Civil Veterinary Dept. Assam report 1927-50 - 1927-1950
Year: 1927
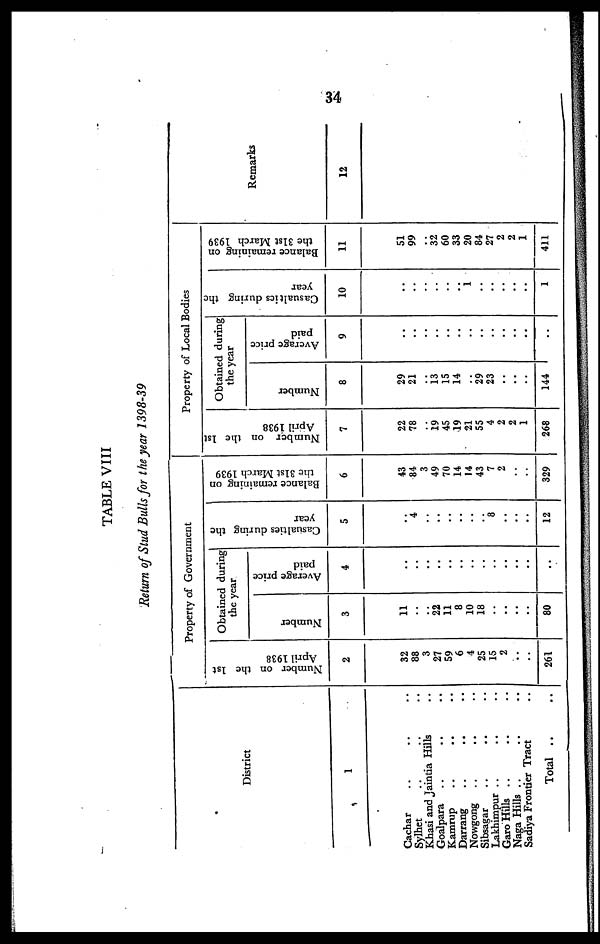
34
TABLE VIII
Return of Stud Bulls for the year 1398-39
District
1
Cachar .. .. ..
Sylhet .. .. ..
Khasi and Jaintia Hills ..
Goalpara .. .. ..
Kamrup .. .. ..
Darrang .. .. ..
Nowgong .. .. ..
Sibsagar .. .. ..
Lakhimpur .. .. ..
Garo Hills .. .. ..
Naga Hills .. .. ..
Sadiya Frontier Tract ..
Total
Property of Government
Number on the 1st
April 1938
2
32
88
3
27
59
6
4
25
15
2
..
..
261
Obtained during
the year
Number
3
11
..
..
22
11
8
10
18
..
..
..
80
Average price
paid
4
..
..
..
..
..
..
..
..
..
..
..
..
..
Casualties during the
year
5
..
4
..
..
..
..
..
..
8
..
..
..
12
Balance remaining on
the 31st March 1939
6
43
84
3
49
70
14
14
43
7
2
..
..
329
Property of Local Bodies
Number on the 1st
April 1938
7
22
78
..
19
45
19
21
55
4
2
2
1
268
Obtained during
the year
Number
8
29
21
..
13 15
14
..
29
23
..
..
..
144
Average price
paid
9
..
..
..
..
..
..
..
..
..
..
..
..
..
Casualties during the
year
10
..
..
..
..
..
..
..
..
..
..
..
..
1
Balance remaining on
the 31st March 1939
11
51
99
32
60
33
20
84
27
2
2
1
411
Remarks
12